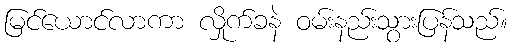
မြင်ယောင်လာကာ လှိုက်ခနဲ ဝမ်းနည်းသွားပြန်သည်။